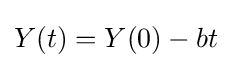
Y(t)=Y(0)-bt